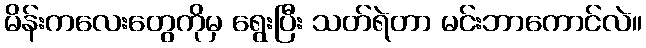
မိန်းကလေးတွေကိုမှ ရွေးပြီး သတ်ရဲတာ မင်းဘာကောင်လဲ။